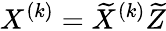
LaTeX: {X}^{(k)}=\widetilde{X}^{(k)}\widetilde{Z}